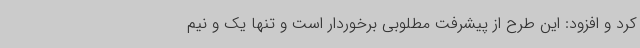
کرد و افزود: این طرح از پیشرفت مطلوبی برخوردار است و تنها یک و نیم